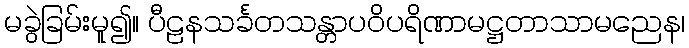
မခွဲခြမ်းမူ၍။ ပီဠနသင်္ခတသန္တာပဝိပရိဏာမဋ္ဌတာသာမညေန၊